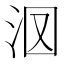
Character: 𣲷